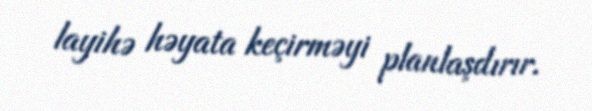
layihə həyata keçirməyi planlaşdırır.